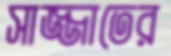
সাজ্জাতের